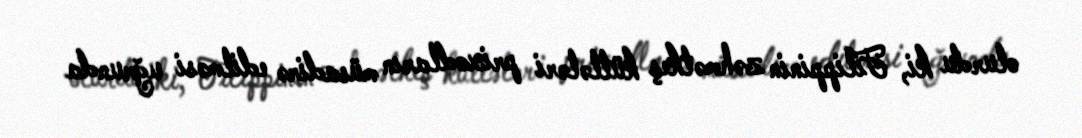
olurdu ki, Filippinin zəhmətkeş kütlələri prixodların müsadirə edilməsi uğrunda